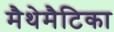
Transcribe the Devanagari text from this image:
मैथेमैटिका